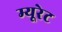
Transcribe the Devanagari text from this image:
म्यूरेट